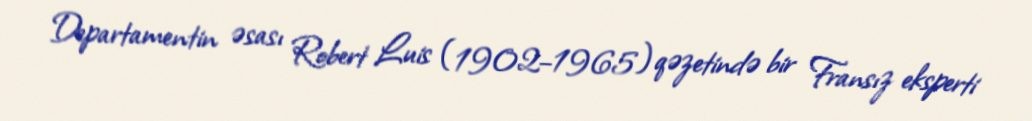
Departamentin əsası Robert Luis (1902–1965) qəzetində bir Fransız eksperti